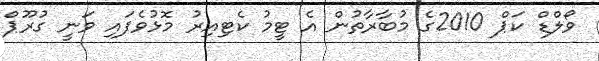
ވޯލްޑް ކަޕް 2010ގެ މުބާރާތުން އެ ޓީމު ކެޓިއިރު މޮޅުވެފައި ވަނީ ގުރޫޕް